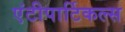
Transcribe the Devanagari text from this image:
एंटीपार्टिकल्स